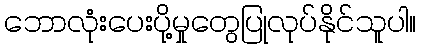
ဘောလုံးပေးပို့မှုတွေပြုလုပ်နိုင်သူပါ။